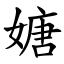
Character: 㜍